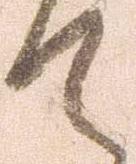
て